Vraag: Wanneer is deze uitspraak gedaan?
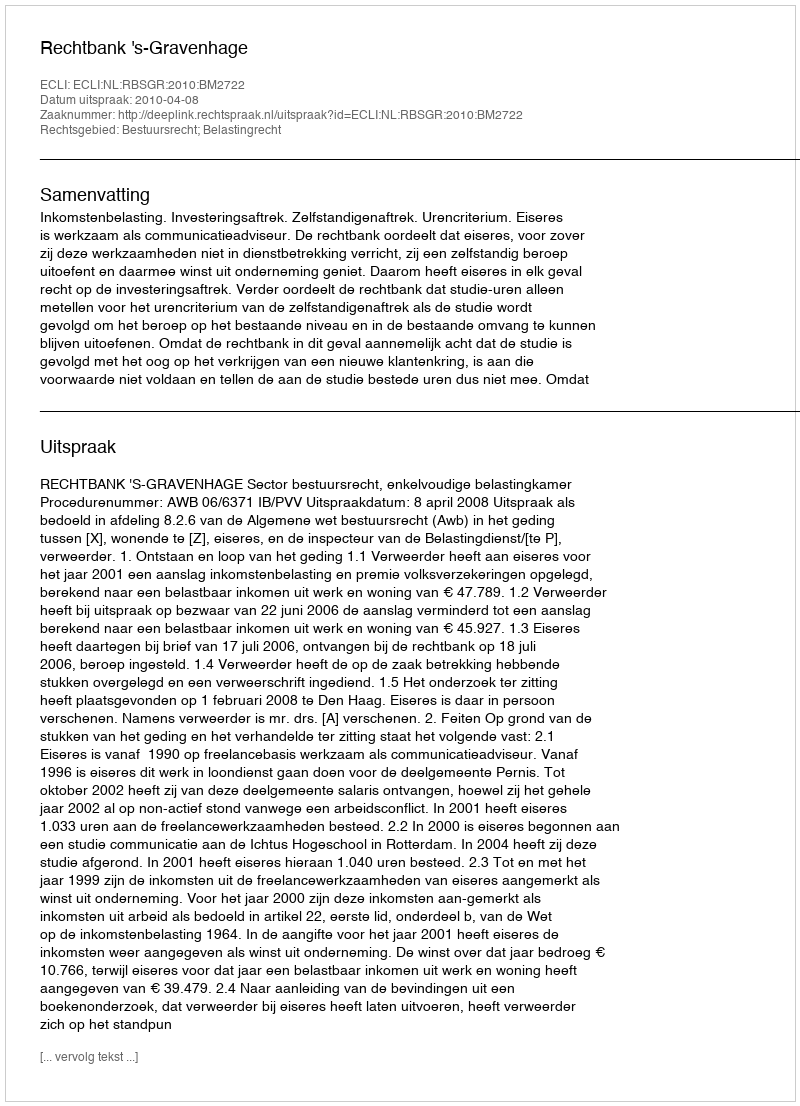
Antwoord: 2010-04-08